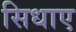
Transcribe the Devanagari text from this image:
सिधाए